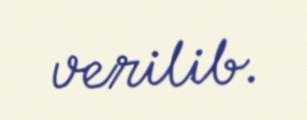
verilib.